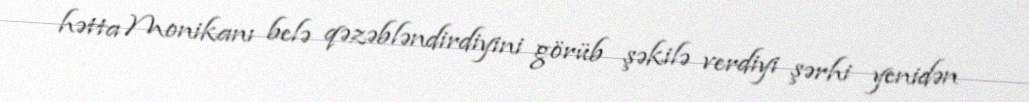
hətta Monikanı belə qəzəbləndirdiyini görüb şəkilə verdiyi şərhi yenidən